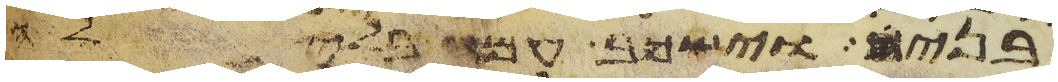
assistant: בני וישכב עמה בלילה